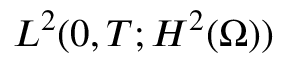
L ^ { 2 } ( 0 , T ; H ^ { 2 } ( \Omega ) )